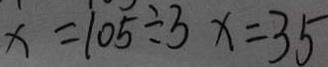
x = 1 0 5 \div 3 x = 3 5